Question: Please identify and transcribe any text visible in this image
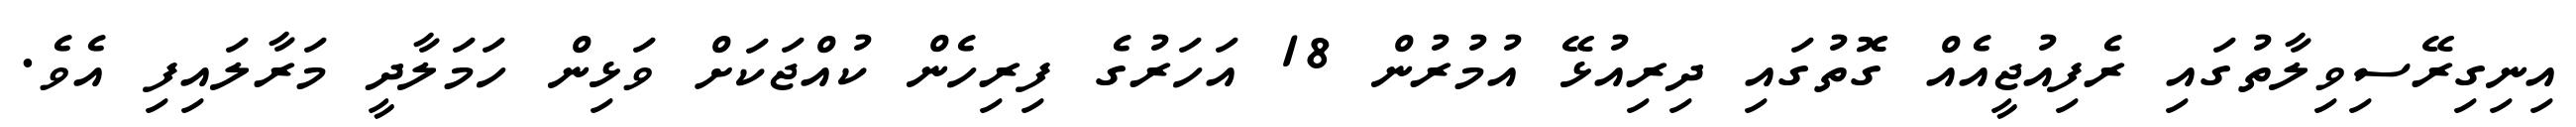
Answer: އިނިގިރޭސިވިލާތުގައި ރެފިއުޖީއެއް ގޮތުގައި ދިރިއުޅޭ އުމުރުން 18 އަހަރުގެ ފިރިހެން ކުއްޖަކަށް ވަޅިން ހަމަލާދީ މަރާލައިފި އެވެ.